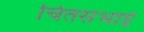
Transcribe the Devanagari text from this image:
चितसभाई